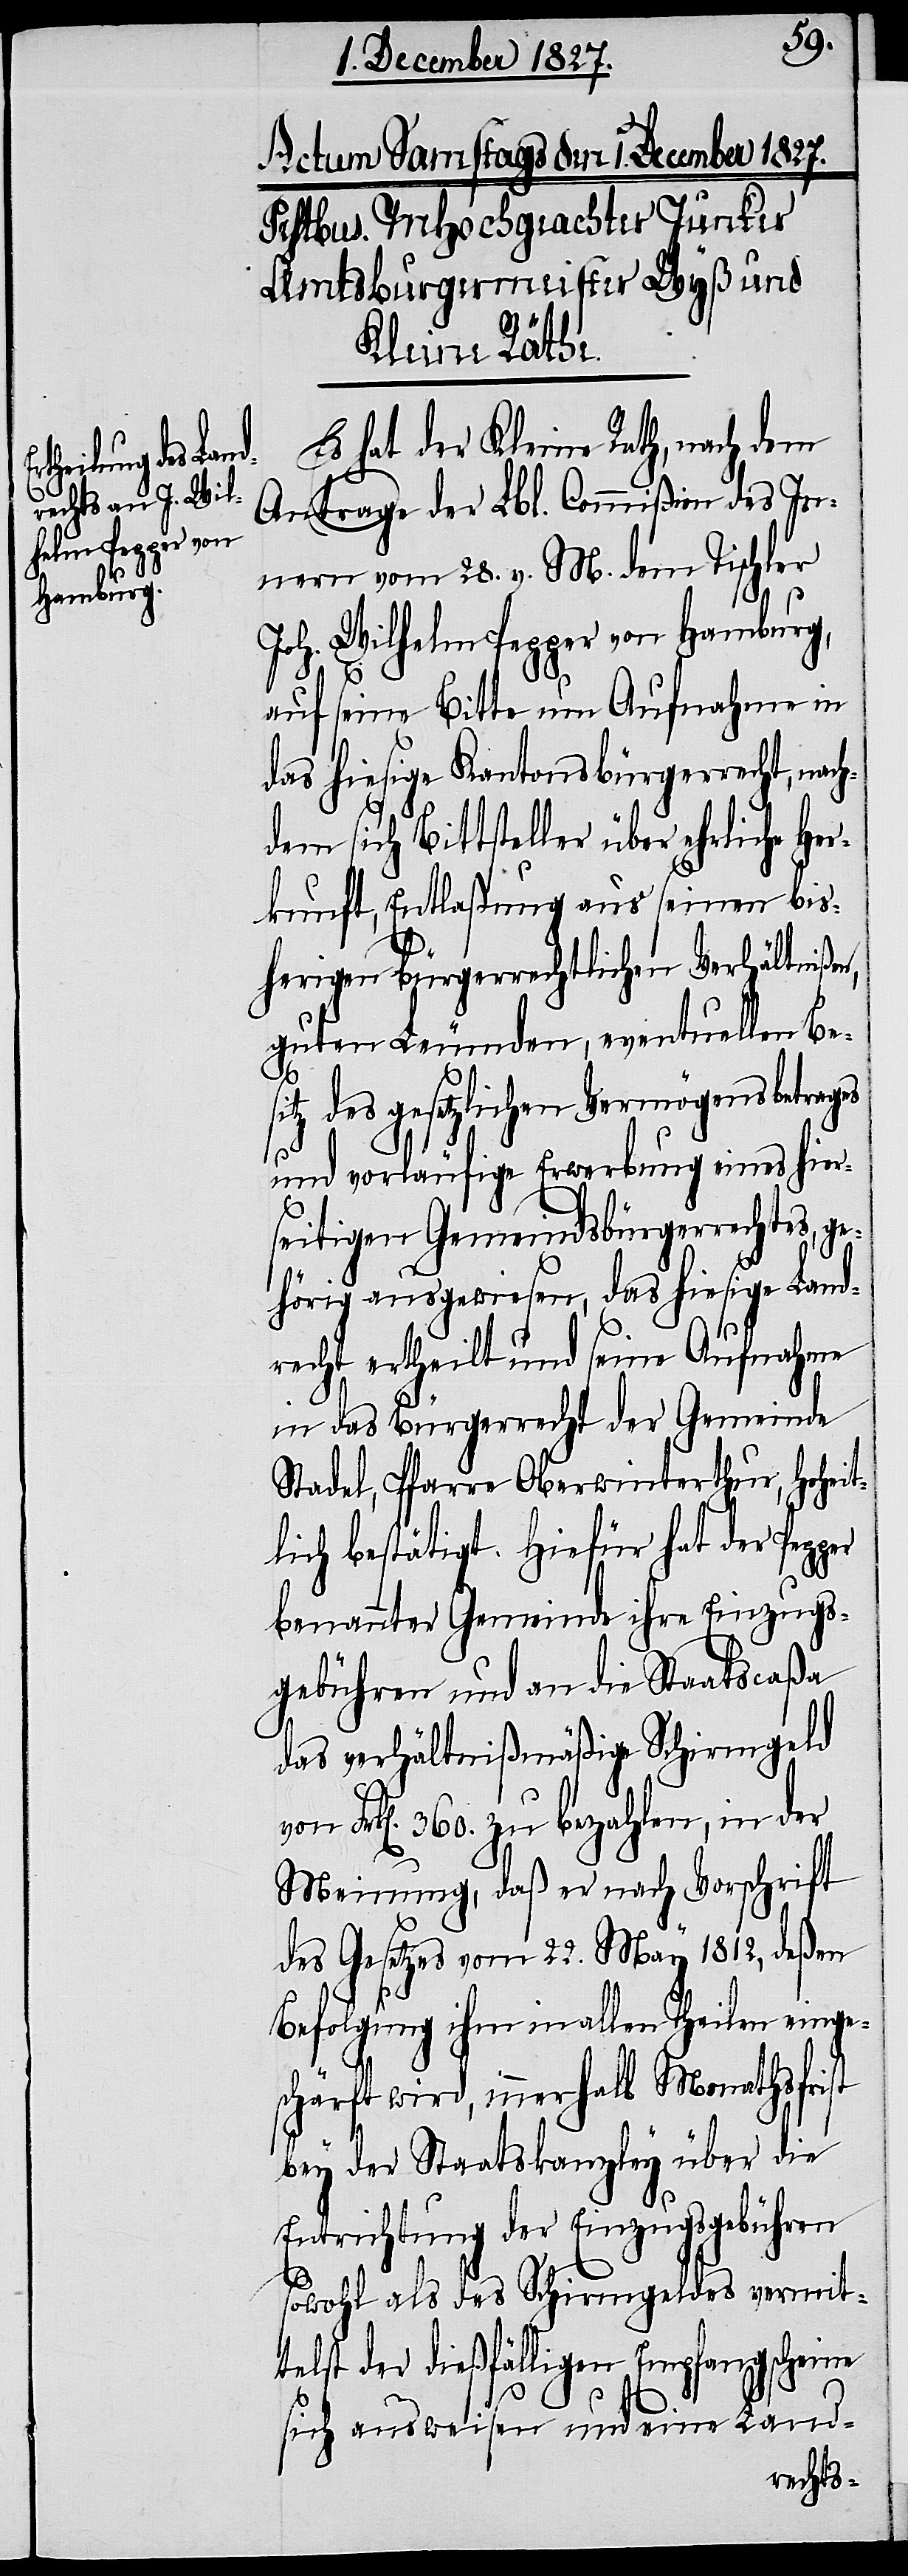
Es hat der Kleine Rath, nach dem
Anrage der Lbl. Commißion des In¬
nern vom 28. v. M. dem Tischler
Joh. Wilhelm Pepper von Hamburg,
auf seine Bitte um Aufnahme in
das hiesige Kantonsbürgerrecht, nac¬
hdem sich Bittsteller über ehrliche He¬
rkunft, Entlaßung aus seinen bis¬
herigen bürgerrechtlichen Verhältnißen,
guten Leumden, eventuellen Besi¬
tz des gesetzlichen Vermögensbetrages
und vorläufige Erwerbung eines hier¬
seitigen Gemeindsbürgerrechtes, ge¬
hörig ausgewiesen, das hiesige Land¬
recht ertheilt und seine Aufnahme
in das Bürgerrecht der Gemeinde
Stadel, Pfarre Oberwinterthur, Hoheit¬
lich bestätigt. Hiefür hat der
benannter Gemeinde ihre Einzugs¬
gebühren und an die Staatscaßa
das verhältnißmäßige Schirmgeld
Frk[en]. 360. zu bezahlen, in der
Meinung, daß er nach Vorschrift
des Gesetzes vom 22. May 1812, deßen
Befolgung ihm in allen Theilen einge¬
schärft wird, innerhalb Monathsfrist
bey der Staatskanzley über die
Entrichtung der Einzugsgebühren
sowohl als des Schirmgeldes vermit¬
telst der dießfälligen Empfangsscheine
sich ausweisen und eine Land-